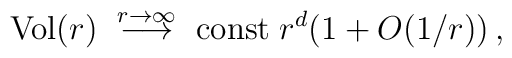
{\rm Vol}(r) ~\stackrel{r\rightarrow \infty}{\longrightarrow}                      ~ {\rm const}\; r^d(1+O(1/r)) \, ,